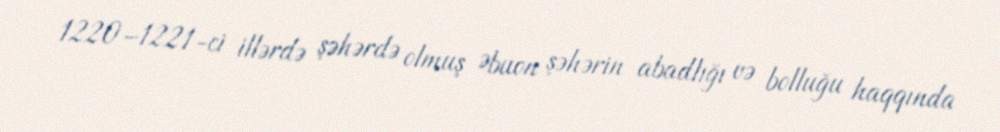
1220–1221-ci illərdə şəhərdə olmuş Əbuon şəhərin abadlığı və bolluğu haqqında